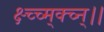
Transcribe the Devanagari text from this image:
क्ष्च्च्म्क्च्न्।।